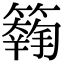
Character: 𥵱